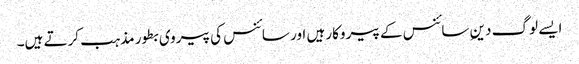
ایسے لوگ دینِ سائنس کے پیروکار ہیں اور سائنس کی پیروی بطور مذہب کرتے ہیں۔